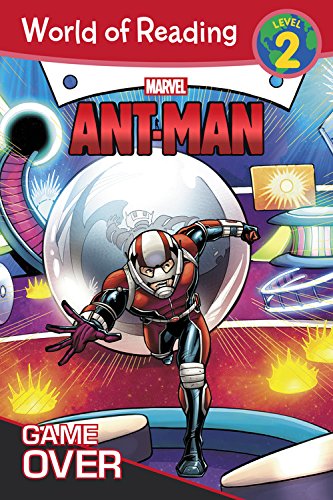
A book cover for World of Reading: Ant-Man Game Over: Level 2; Nancy R. Lambert; Children's Books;